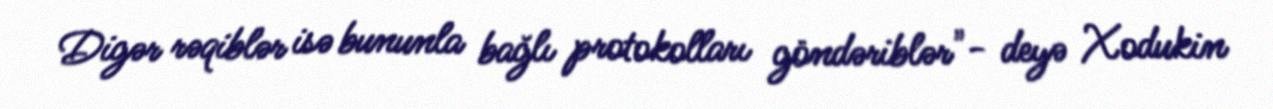
Digər rəqiblər isə bununla bağlı protokolları göndəriblər"- deyə Xodukin